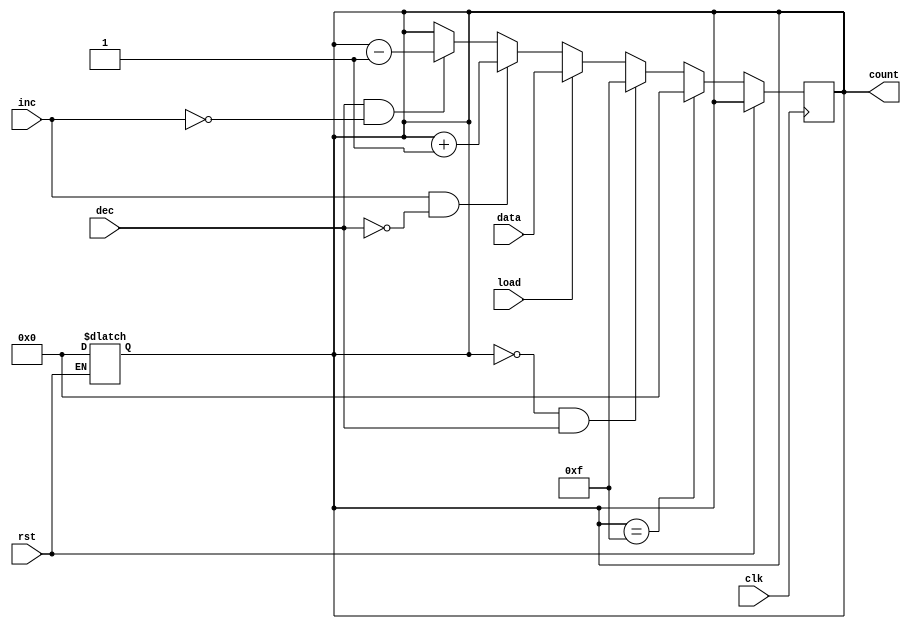
module async_load_counter (
    input wire clk,          // Clock input
    input wire rst,          // Asynchronous reset
    input wire load,         // Load control signal
    input wire [3:0] data,   // Data input for loading
    input wire inc,          // Increment control signal
    input wire dec,          // Decrement control signal
    output reg [3:0] count   // Current count output
);

    // Asynchronous reset
    always @(*) begin
        if (rst) begin
            count = 4'b0000; // Reset count to zero
        end
    end

    // Synchronous operation
    always @(posedge clk) begin
        if (!rst) begin
            if (load) begin
                count <= data; // Load the data into count
            end else if (inc && !dec) begin
                count <= count + 1; // Increment count
            end else if (dec && !inc) begin
                count <= count - 1; // Decrement count
            end
            // Handle wrap-around for 4-bit counter
            if (count == 4'b1111) begin
                count <= 4'b0000; // Wrap around on overflow
            end else if (count == 4'b0000 && dec) begin
                count <= 4'b1111; // Wrap around on underflow
            end
        end
    end

endmodule